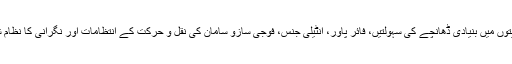
ان صلاحیتوں میں بنیادی ڈھانچے کی سہولتیں، فائر پاور، انٹیلی جنس، فوجی سازو سامان کی نقل و حرکت کے انتظامات اور نگرانی کا نظام شامل ہیں۔